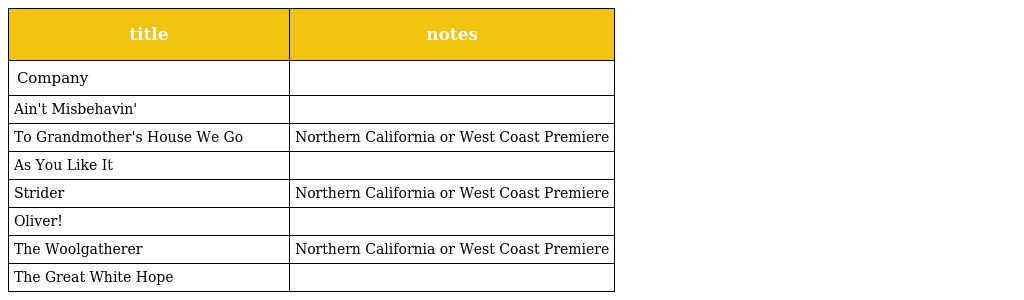
| title | notes |
 | --- | --- |
 | Company |  |
 | Ain't Misbehavin' |  |
 | To Grandmother's House We Go | Northern California or West Coast Premiere |
 | As You Like It |  |
 | Strider | Northern California or West Coast Premiere |
 | Oliver! |  |
 | The Woolgatherer | Northern California or West Coast Premiere |
 | The Great White Hope |  |